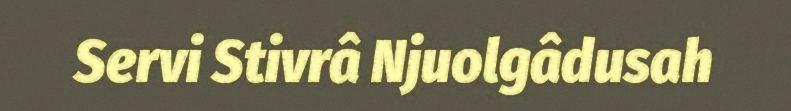
Servi Stivrâ Njuolgâdusah